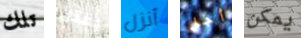
تلك يقتل أنزل أجل يمكن